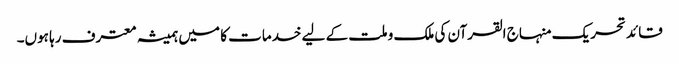
قائد تحریک منہاج القرآن کی ملک و ملت کے لیے خدمات کا میں ہمیشہ معترف رہا ہوں۔